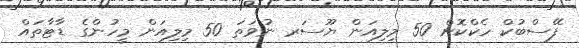
ފޭސްބުކް ހެކްކޮށް 50 މިލިއަން ޔޫސަރ ނުވަތަ 50 މިލިއަން މީހުންގެ ޑާޓާތައް